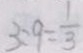
3 : 9 = \frac { 1 } { 3 }